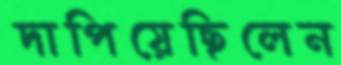
দাপিয়েছিলেন